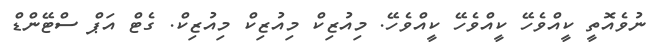
ނުވެއޮތީ ކީއްވެހޭ ކީއްވެހޭ ކީއްވެހޭ. މިއުޒިކް މިއުޒިކް މިއުޒިކް. ގެޓް އަޕް ސްޓޭންޑް